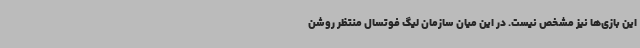
این بازی‌ها نیز مشخص نیست. در این میان سازمان لیگ فوتسال منتظر روشن